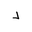
Letter: _dal